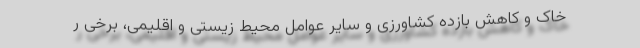
خاک و کاهش بازده کشاورزی و سایر عوامل محیط زیستی و اقلیمی، برخی ر